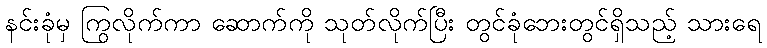
နင်းခုံမှ ကြွလိုက်ကာ ဆောက်ကို သုတ်လိုက်ပြီး တွင်ခုံဘေးတွင်ရှိသည့် သားရေ